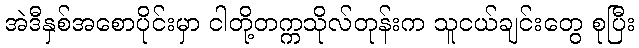
အဲဒီနှစ်အစောပိုင်းမှာ ငါတို့တက္ကသိုလ်တုန်းက သူငယ်ချင်းတွေ စုပြီး